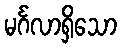
မင်္ဂလာရှိသော